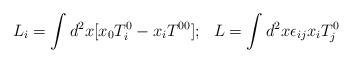
LaTeX: \begin{align*}L_i=\int d^2x [x_0T^0_i-x_iT^{00}]; \ \ L=\int d^2x \epsilon_{ij}x_iT^0_j\end{align*}